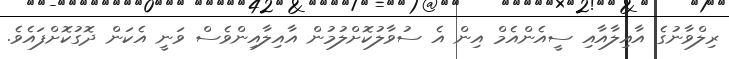
ރިލްވާނުގެ އާއިލާއާއި ސީއެންއެމް އިން އެ ސުވާލުކޮށްލުމުން އާއިލާއިންވެސް ވަނީ އެކަން ދޮގުކޮށްފައެވެ.